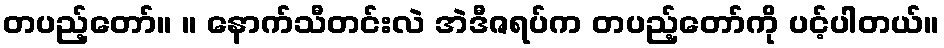
တပည့်တော်။ ။ နောက်သီတင်းလဲ အဲဒီဇရပ်က တပည့်တော်ကို ပင့်ပါတယ်။